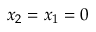
x _ { 2 } = x _ { 1 } = 0